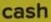
cash